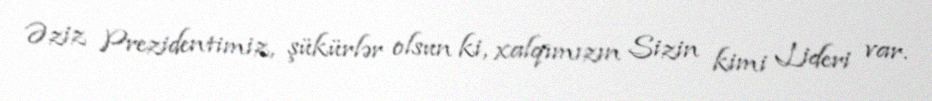
Əziz Prezidentimiz, şükürlər olsun ki, xalqımızın Sizin kimi Lideri var.